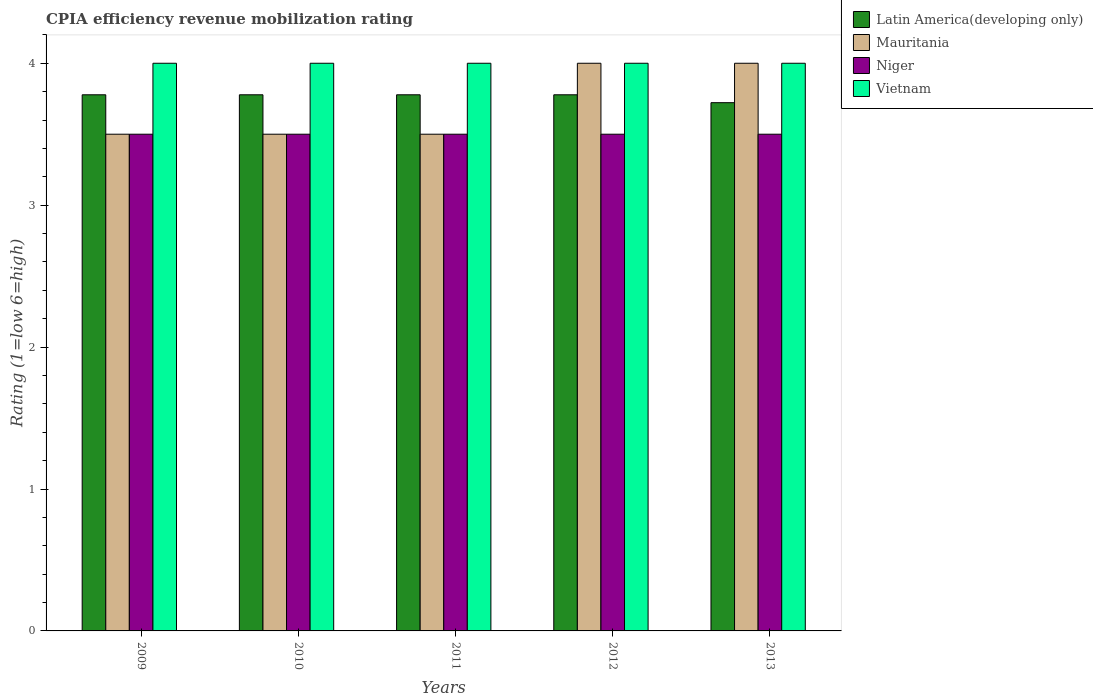
| Years | Latin America(developing only) | Mauritania | Niger | Vietnam |
 | --- | --- | --- | --- | --- |
 | 2009 | 3.78 | 3.5 | 3.5 | 4 |
 | 2010 | 3.78 | 3.5 | 3.5 | 4 |
 | 2011 | 3.78 | 3.5 | 3.5 | 4 |
 | 2012 | 3.78 | 4 | 3.5 | 4 |
 | 2013 | 3.72 | 4 | 3.5 | 4 |